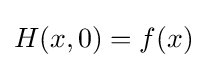
H(x,0)=f(x)